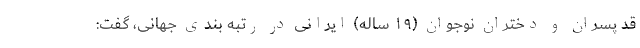
قد پسران و دختران نوجوان (۱۹ ساله) ایرانی در رتبه بندی جهانی، گفت: